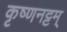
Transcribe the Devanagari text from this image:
कृष्णनट्टम्